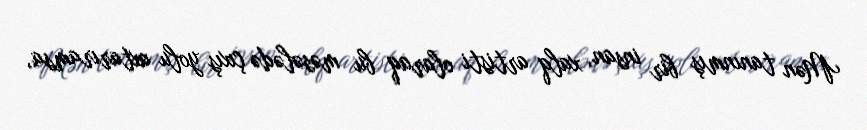
Mən tanınmış bir insan, xalq artisti olaraq bu məsələdə çıxış yolu axtarıramsa,